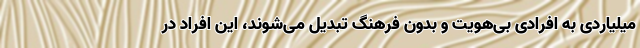
میلیاردی به افرادی بی‌هویت و بدون فرهنگ تبدیل می‌شوند، این افراد در